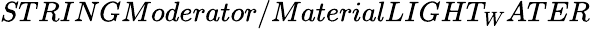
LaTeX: STRINGModerator/MaterialLIGHT_{W}ATER